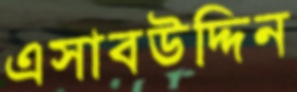
এসাবউদ্দিন